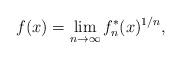
LaTeX: \begin{align*}f(x) = \lim_{n \rightarrow \infty} f^*_n(x)^{1/n},\end{align*}